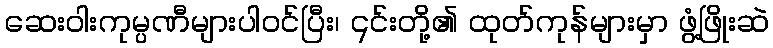
ဆေးဝါးကုမ္ပဏီများပါဝင်ပြီး၊ ၎င်းတို့၏ ထုတ်ကုန်များမှာ ဖွံ့ဖြိုးဆဲ